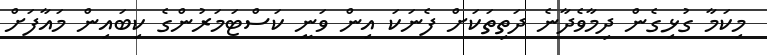
މިކަމާ ގުޅިގެން ދިމާވެދާނެ ދަތިތަކަށް ފެނަކަ އިން ވަނީ ކަސްޓަމަރުންގެ ކިބައިން މައާފަށް